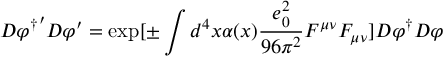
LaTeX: { \cal D } { \varphi ^ { \dagger } } ^ { \prime } { \cal D } \varphi ^ { \prime } = \exp [ \pm \int d ^ { 4 } x \alpha ( x ) \frac { e _ { 0 } ^ { 2 } } { 9 6 \pi ^ { 2 } } F ^ { \mu \nu } F _ { \mu \nu } ] { \cal D } { \varphi ^ { \dagger } } { \cal D } \varphi